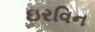
ઇરવિન